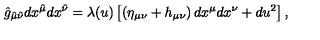
\hat { g } _ { \hat { \mu } \hat { \nu } } d x ^ { \hat { \mu } } d x ^ { \hat { \nu } } = \lambda ( u ) \left[ \left( \eta _ { \mu \nu } + h _ { \mu \nu } \right) d x ^ { \mu } d x ^ { \nu } + d u ^ { 2 } \right] ,